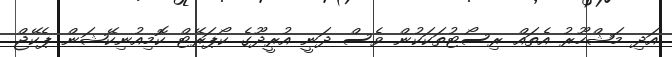
އަދި މަޝްހޫރު އެތައް ރިސޯޓުތަކަކުން ވެސް ދަނީ އުރީދޫގެ ކޯޕަރޭޓް ކޮމިއުނިކޭޝަން ޕެކޭޖް